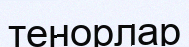
тенорлар